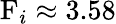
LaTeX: \mathrm{F}_{i}\approx 3.58